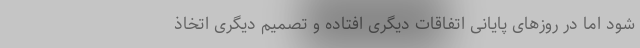
شود اما در روزهای پایانی اتفاقات دیگری افتاده و تصمیم دیگری اتخاذ